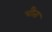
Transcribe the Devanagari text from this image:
चौता